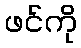
ဖင်ကို